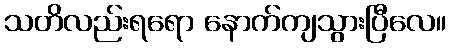
သတိလည်းရရော နောက်ကျသွားပြီလေ။